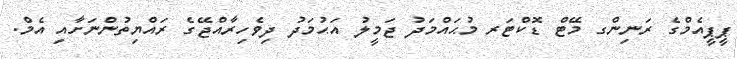
ޕީޕީއެމްގެ ރަނިންގ މޭޓް ޑޮކްޓަރ މުޙައްމަދު ޖަމީލު އަޙުމަދު ދިވެހިރާއްޖޭގެ ރައްޔިތުންނަށާއި އެމް.